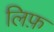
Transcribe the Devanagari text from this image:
लिफ़